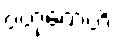
ဗဟုကေဟိ